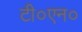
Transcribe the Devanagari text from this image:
टी०एन०